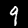
Digit: 9